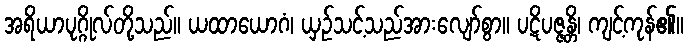
အရိယာပုဂ္ဂိုလ်တို့သည်။ ယထာယောဂံ၊ ယှဉ်သင့်သည်အားလျော်စွာ။ ပဋိပဇ္ဇန္တိ၊ ကျင့်ကုန်၏။